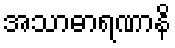
အသာဓာရဏာနိ